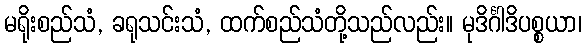
မရိုးစည်သံ, ခရုသင်းသံ, ထက်စည်သံတို့သည်လည်း။ မုဒိင်္ဂါဒိပစ္စယာ၊